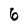
Character: 6